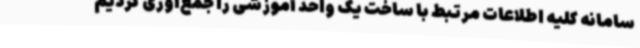
سامانه کلیه اطلاعات مرتبط با ساخت یک واحد آموزشی را جمع‌آوری کردیم